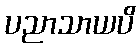
ပညာသာယပိ